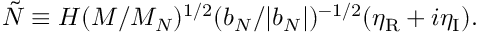
{ \tilde { N } } \equiv H ( M / M _ { N } ) ^ { 1 / 2 } ( b _ { N } / | b _ { N } | ) ^ { - 1 / 2 } ( \eta _ { \mathrm { R } } + i \eta _ { \mathrm { I } } ) .